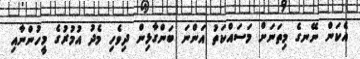
އެކަން ނޭނގެ މިތަނަށް މަސައްކަތު އަންނަ ބަންގާޅިން ދިވެހި މެދު އުމުރުގެ މީހުންނާއި